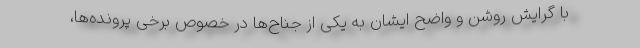
با گرایش روشن و واضح ایشان به یکی از جناح‌ها در خصوص برخی پرونده‌ها،